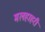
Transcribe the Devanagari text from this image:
मलहाहरी